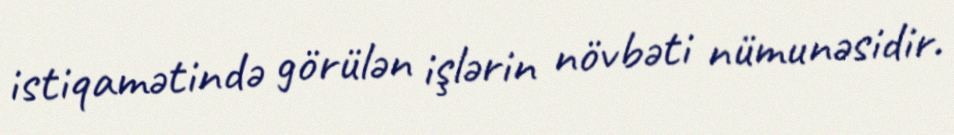
istiqamətində görülən işlərin növbəti nümunəsidir.